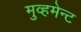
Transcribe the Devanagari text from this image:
मुव्हमेन्ट